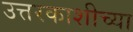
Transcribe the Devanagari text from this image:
उत्तरकाशीच्या